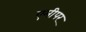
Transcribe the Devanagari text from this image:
एमीपर